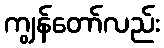
ကျွန်တော်လည်း